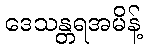
ဒေသန္တရအမိန့်